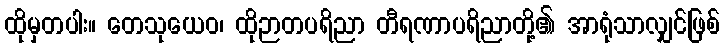
ထိုမှတပါး။ တေသုယေဝ၊ ထိုဉာတပရိညာ တီရဏာပရိညာတို့၏ အာရုံသာလျှင်ဖြစ်